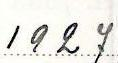
1927